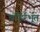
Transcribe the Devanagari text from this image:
बहिर्रभूत